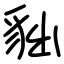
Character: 貀